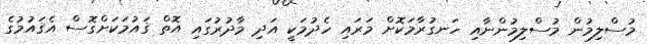
މުސްލިމުން މުސްލިމުންނާއި ހަނގުރާމަކޮށް މަރައި ހެދުމަކީ އަދި މާދުރުގައި އޮތް ޤައުމަކަށްގޮސް އެޤައުމުގެ